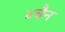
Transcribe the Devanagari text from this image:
४चैन